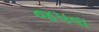
જપવા